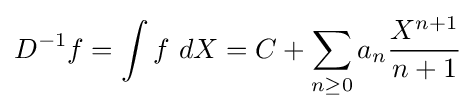
D^{-1}f=\int f\ dX=C+\sum _{n\geq 0}a_{n}{\frac {X^{n+1}}{n+1}}